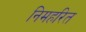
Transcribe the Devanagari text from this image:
निमहरित